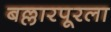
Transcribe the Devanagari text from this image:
बल्लारपूरला